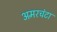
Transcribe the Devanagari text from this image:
अमरचंटा